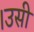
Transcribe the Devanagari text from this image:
।उसी